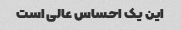
این یک احساس عالی است